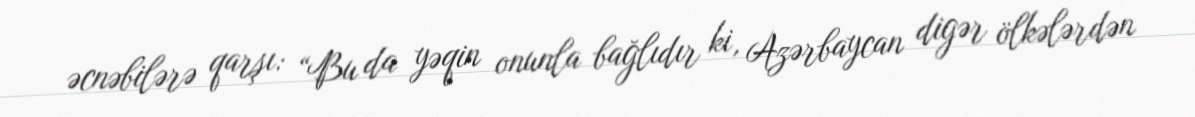
əcnəbilərə qarşı: “Bu da yəqin onunla bağlıdır ki, Azərbaycan digər ölkələrdən